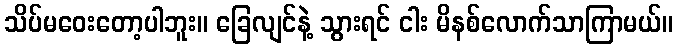
သိပ်မဝေးတော့ပါဘူး။ ခြေလျင်နဲ့ သွားရင် ငါး မိနစ်လောက်သာကြာမယ်။